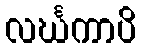
လင်္ဃကာပိ